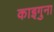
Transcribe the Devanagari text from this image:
काइगुना